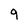
Character: 9